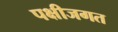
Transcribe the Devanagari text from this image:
पक्षीजगत